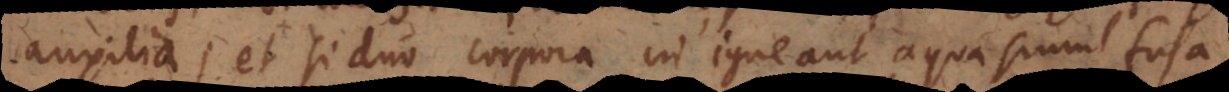
auxilia; et si duo corpora in igne aut aqua simul fusa,